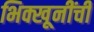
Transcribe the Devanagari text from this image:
भिक्खूनींची